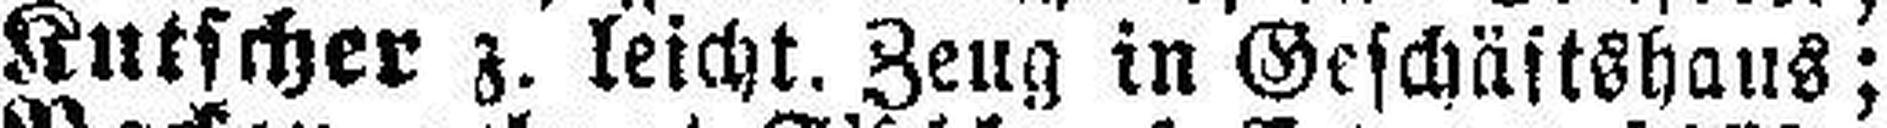
Kutscher z. leicht. Zeug in Geschäftshaus;